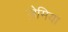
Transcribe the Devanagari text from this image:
ज़ेमिया